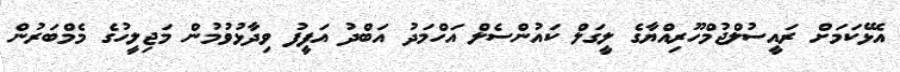
އެޅޭކަމަށް ރައީސުލްޖުމްހޫރިއްޔާގެ ލީގަލް ކައުންސެލް އަހްމަދު އަބްދު އަފީފު ވިދާޅުވުމުން މަޖިލީހުގެ މެމްބަރުން